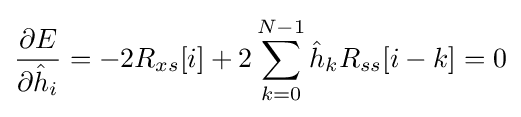
{\frac {\partial E}{\partial {\hat {h}}_{i}}}=-2R_{xs}[i]+2\sum _{k=0}^{N-1}{\hat {h}}_{k}R_{ss}[i-k]=0